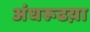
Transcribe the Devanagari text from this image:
अंधरूढय़ा